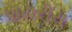
પાયરીસ